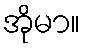
အိုမာ။